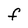
Character: F